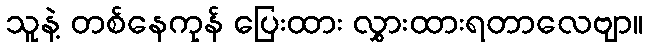
သူနဲ့ တစ်နေကုန် ပြေးထား လွှားထားရတာလေဗျာ။